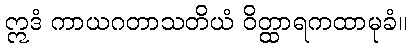
ဣဒံ ကာယဂတာသတိယံ ဝိတ္ထာရကထာမုခံ။